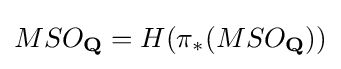
MSO_{\mathbf {Q} }=H(\pi _{*}(MSO_{\mathbf {Q} }))